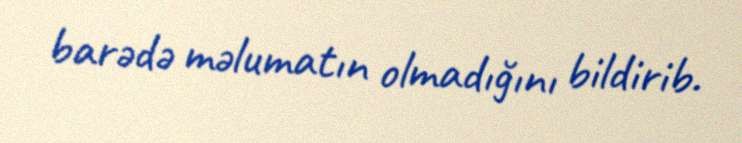
barədə məlumatın olmadığını bildirib.